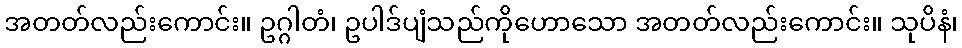
အတတ်လည်းကောင်း။ ဥဂ္ဂါတံ၊ ဥပါဒ်ပျံသည်ကိုဟောသော အတတ်လည်းကောင်း။ သုပိနံ၊